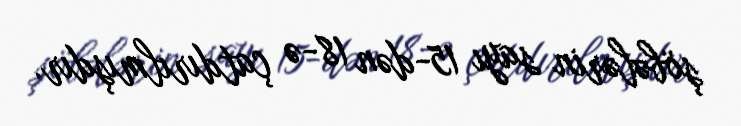
şöbələrin sayı 15-dən 18-ə çatdırılmışdır.